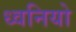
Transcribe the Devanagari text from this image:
ध्वनियो